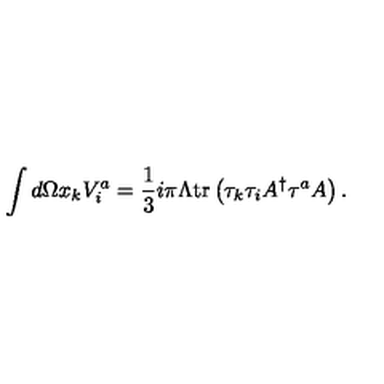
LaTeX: \int d \Omega x _ { k } V _ { i } ^ { a } = \frac { 1 } { 3 } i \pi \Lambda \mathrm { t r } \left( \tau _ { k } \tau _ { i } A ^ { \dag } \tau ^ { a } A \right) .